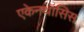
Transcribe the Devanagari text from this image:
एकेनथॉसिस